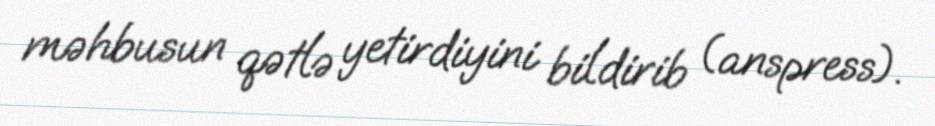
məhbusun qətlə yetirdiyini bildirib (anspress).